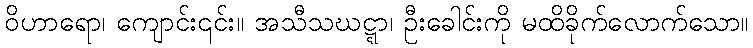
ဝိဟာရော၊ ကျောင်း၎င်း။ အသီသဃဋ္ဋာ၊ ဦးခေါင်းကို မထိခိုက်လောက်သော။